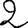
Digit: 2